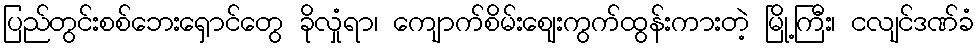
ပြည်တွင်းစစ်ဘေးရှောင်တွေ ခိုလှုံရာ၊ ကျောက်စိမ်းဈေးကွက်ထွန်းကားတဲ့ မြို့ကြီး၊ ငလျင်ဒဏ်ခံ